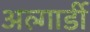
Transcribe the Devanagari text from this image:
अल्गार्डी